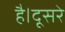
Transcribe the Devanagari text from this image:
है।दूसरे